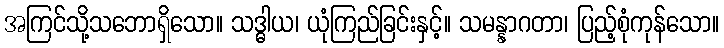
အကြင်သို့သဘောရှိသော။ သဒ္ဓါယ၊ ယုံကြည်ခြင်းနှင့်။ သမန္နာဂတာ၊ ပြည့်စုံကုန်သော။